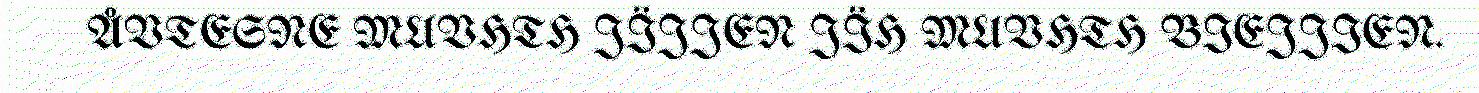
ÅVTESNE MUVHTH JÏJJEN JÏH MUVHTH BIEJJIEN.